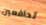
تدافعين